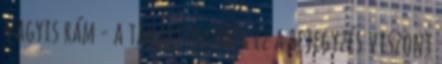
vagyis rám - a takaríthatnék Ez a bejegyzés viszont